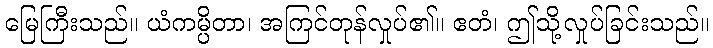
မြေကြီးသည်။ ယံကမ္ပိတာ၊ အကြင်တုန်လှုပ်၏။ ဧတံ၊ ဤသို့လှုပ်ခြင်းသည်။